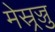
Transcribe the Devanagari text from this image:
मेस्र्रज्जु